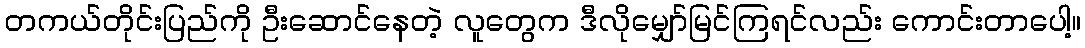
တကယ်တိုင်းပြည်ကို ဦးဆောင်နေတဲ့ လူတွေက ဒီလိုမျှော်မြင်ကြရင်လည်း ကောင်းတာပေါ့။